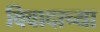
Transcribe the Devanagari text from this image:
विवादाच्या